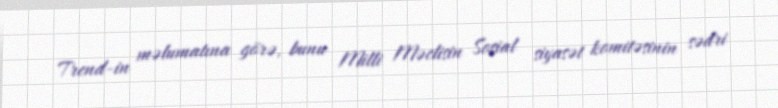
Trend-in məlumatına görə, bunu Milli Məclisin Sosial siyasət komitəsinin sədri